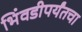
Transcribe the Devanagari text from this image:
भिंवडीपर्यंतचा